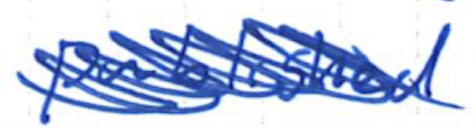
Text: published
Cross-out: scratch
Writing tool: ballpoint